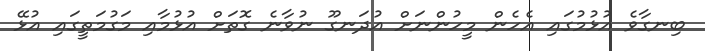
ބިނގާވެ އުޅުމުގައި އެހެން މީހުންނަށް އުދަނގޫ ނުވާނެ ގޮތަށް އުޅުމާއި މަގުމަތީގައި އުޅޭ